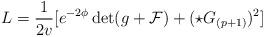
LaTeX: \begin{align*}L= {1\over2v}[e^{-2\phi}\det(g+{\cal F}) + (\star G_{(p+1)})^2]\end{align*}